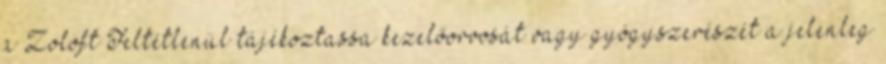
a Zoloft Feltétlenül tájékoztassa kezelőorvosát vagy gyógyszerészét a jelenleg